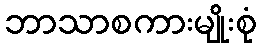
ဘာသာစကားမျိုးစုံ